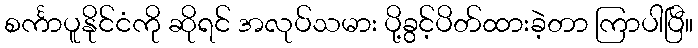
စင်္ကာပူနိုင်ငံကို ဆိုရင် အလုပ်သမား ပို့ခွင့်ပိတ်ထားခဲ့တာ ကြာပါပြီ။